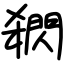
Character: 閷